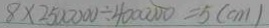
8 \times 2 5 0 0 0 0 0 \div 4 0 0 0 0 0 0 = 5 ( c m )